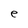
Character: e